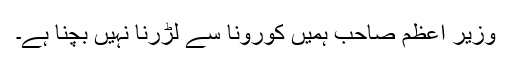
وزیر اعظم صاحب ہمیں کورونا سے لڑرنا نہیں بچنا ہے۔